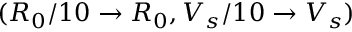
( R _ { 0 } / 1 0 \to R _ { 0 } , V _ { s } / 1 0 \to V _ { s } )